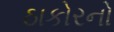
ઠાકોરનો